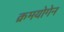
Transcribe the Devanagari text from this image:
क्रमयोगेन